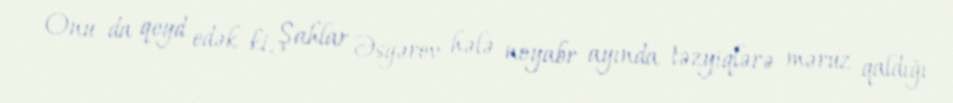
Onu da qeyd edək ki, Şahlar Əsgərov hələ noyabr ayında təzyiqlərə məruz qaldığı